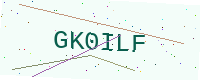
Text: GK0ILF